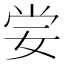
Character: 𡜈